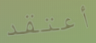
أعتقد